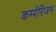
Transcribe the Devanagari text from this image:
कम्पेरिजन